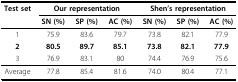
<table><thead><tr><td><b>Test set</b></td><td colspan="3"><b>Our representation</b></td><td colspan="3"><b>Shen&#x27;s representation</b></td></tr><tr><td></td><td><b>SN (%)</b></td><td><b>SP (%)</b></td><td><b>AC (%)</b></td><td><b>SN (%)</b></td><td><b>SP (%)</b></td><td><b>AC (%)</b></td></tr></thead><tbody><tr><td>1</td><td>75.9</td><td>83.6</td><td>79.7</td><td>73.8</td><td>82.1</td><td>77.9</td></tr><tr><td><b>2</b></td><td><b>80.5</b></td><td><b>89.7</b></td><td><b>85.1</b></td><td><b>73.8</b></td><td><b>82.1</b></td><td><b>77.9</b></td></tr><tr><td>3</td><td>76.9</td><td>83.1</td><td>80</td><td>74.4</td><td>76.9</td><td>75.6</td></tr><tr><td>Average</td><td>77.8</td><td>85.4</td><td>81.6</td><td>74.0</td><td>80.4</td><td>77.1</td></tr></tbody></table>